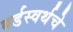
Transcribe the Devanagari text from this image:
वर्डस्वर्थचे